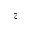
z